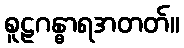
စူဠဂန္ဓာရအတတ်။